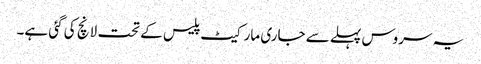
یہ سروس پہلے سے جاری مارکیٹ پلیس کے تحت لانچ کی گئی ہے۔